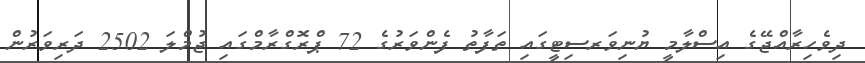
ދިވެހިރާއްޖޭގެ އިސްލާމީ ޔުނިވަރސިޓީގައި ތަފާތު ފެންވަރުގެ 72 ޕްރޮގްރާމްގައި ޖުމްލަ 2502 ދަރިވަރުން